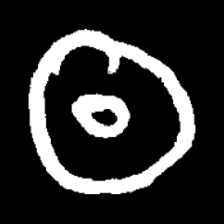
Pyu character \u2014 Myanmar letter: ထ (romanized: tha)